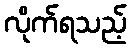
လိုက်ရသည့်